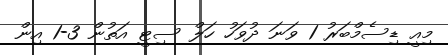
މިއީ ޑިސެމްބަރު 1 ވަނަ ދުވަހު ހަލް ސިޓީ އަތުން 3-1 އިން